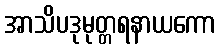
အာသိပဒုမုတ္တရနာယကော